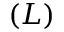
( L )